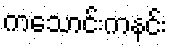
ကသောင်းကနင်း